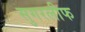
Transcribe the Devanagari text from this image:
सुगरलीफ